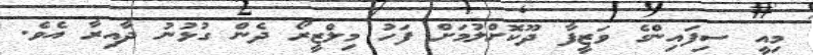
މިއީ ސިފައިންގެ ވަޒީފާ ދޫކޮށްލުމަށް ފަހު މިލްޒީރޯ ދެން ގުޅުނު ދާއިރާ އެވެ.